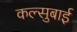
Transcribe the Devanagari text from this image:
कल्सुबाई